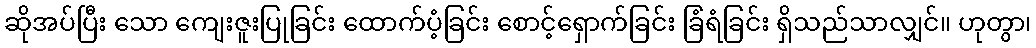
ဆိုအပ်ပြီး သော ကျေးဇူးပြုခြင်း ထောက်ပံ့ခြင်း စောင့်ရှောက်ခြင်း ခြံရံခြင်း ရှိသည်သာလျှင်။ ဟုတွာ၊